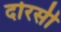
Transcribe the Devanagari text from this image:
दोरसी